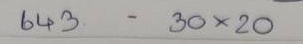
643 - 30 x 20